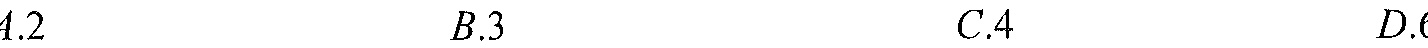
\(A.2\quad B.3\quad C.4\quad D.6\) （图中\(D\)选项数字未显示完整，推测为\(6\) ）